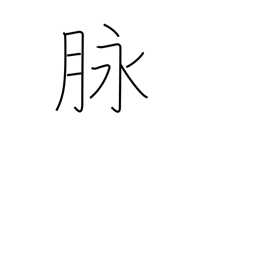
Meaning: vein (blood, ore)